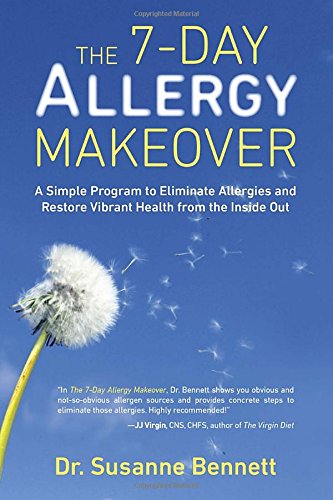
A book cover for The 7-Day Allergy Makeover: A Simple Program to Eliminate Allergies and Restore Vibrant Health from the Insi de Out; Susanne Bennett; Health, Fitness & Dieting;